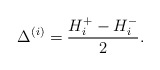
\begin{align*}\Delta^{(i)} = \frac{H_i^+-H_i^-}{2}.\end{align*}